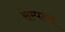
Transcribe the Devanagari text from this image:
सेम्पल्स